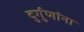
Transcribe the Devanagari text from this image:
दुर्गुणांना